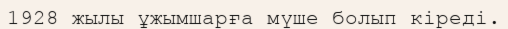
1928 жылы ұжымшарға мүше болып кіреді.